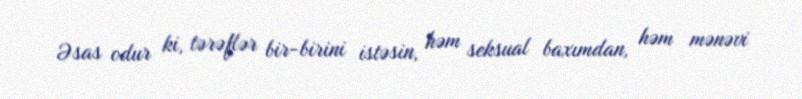
Əsas odur ki, tərəflər bir-birini istəsin, həm seksual baxımdan, həm mənəvi